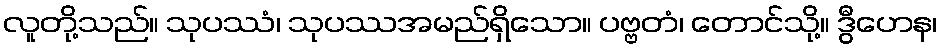
လူတို့သည်။ သုပဿံ၊ သုပဿအမည်ရှိသော။ ပဗ္ဗတံ၊ တောင်သို့။ ဒွီဟေန၊